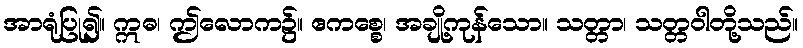
အာရုံပြု၍။ ဣဓ၊ ဤလောက၌။ ဧကစ္စေ၊ အချို့ကုန်သော။ သတ္တာ၊ သတ္တဝါတို့သည်။